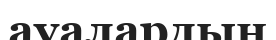
ауалардың